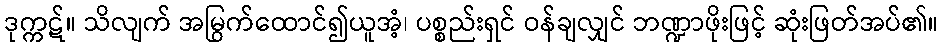
ဒုက္ကဋ်။ သိလျက် အမြွက်ထောင်၍ယူအံ့၊ ပစ္စည်းရှင် ဝန်ချလျှင် ဘဏ္ဍာဖိုးဖြင့် ဆုံးဖြတ်အပ်၏။